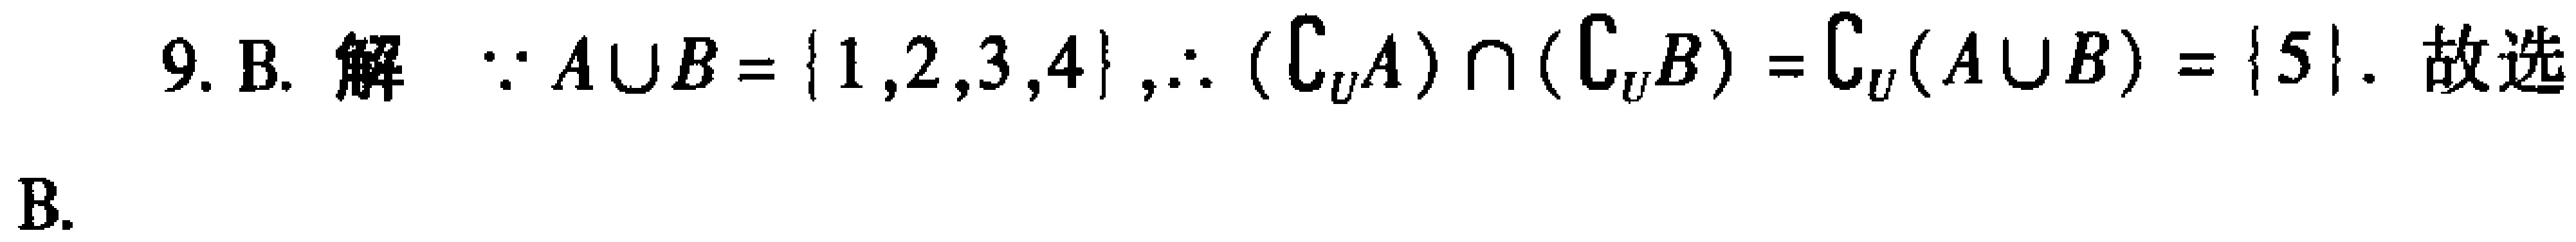
9. B. 解 $\because A\cup B = \{1,2,3,4\},\therefore (\complement_U A)\cap(\complement_U B)=\complement_U(A\cup B)=\{5\}$. 故选B.